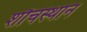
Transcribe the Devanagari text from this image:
शौचस्थान